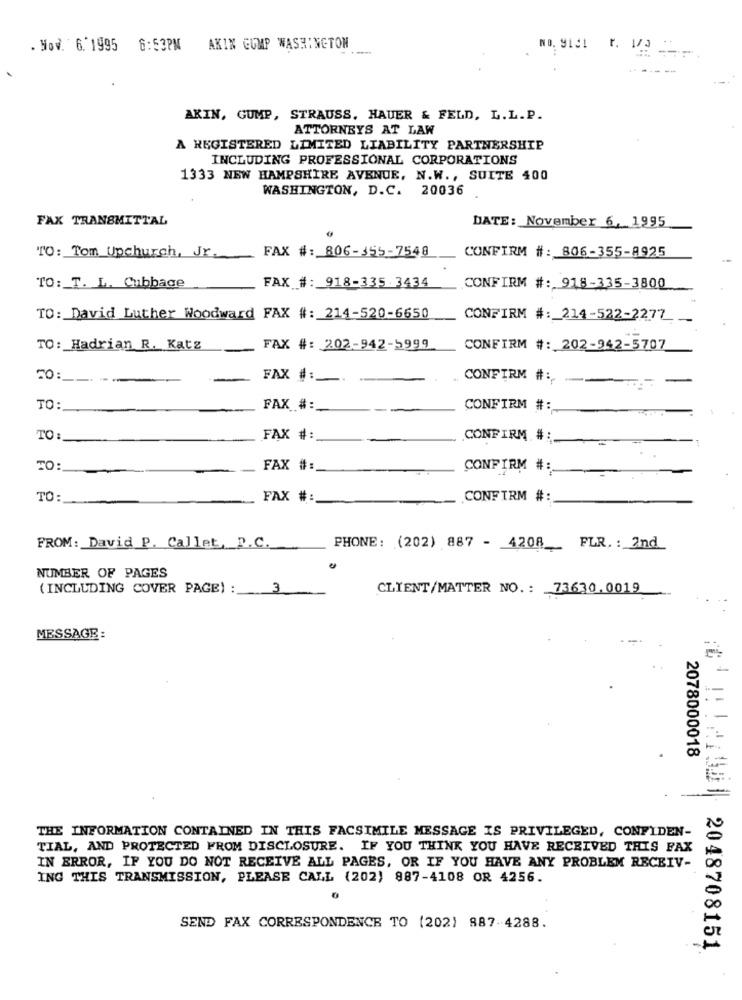
. Nov. 6.1995 8:53PM AKIN GUMP WASHINGTON
AKIN, GUMP, STRAUSS, HAUER & FELD, L.L.P.
ATTORNEYS AT LAW
A REGISTERED LIMITED LIABILITY PARTNERSHIP
INCLUDING PROFESSIONAL CORPORATIONS
1333 NEW HAMPSHIRE AVENUE, N.W ., SUITE 400
WASHINGTON, D.C. 20036
FAX TRANSMITTAL
DATE: November 6, 1995
FAX #: 806-355-7548
CONFIRM #: 806-355-8925
TO: Tom Upchurch, Jr.
FAX #: 918-335.3434
TO: T. L. Cabbage
CONFIRM #: 918-335-3800
TO: David Luther Woodward FAX #: 214-520-6650
CONFIRM #: 214-522-2277
TO: Hadrian R. Katz
FAX #: 202-942-5999
CONFIRM #: 202-942-5707
TO:
FAX # :_
CONFIRM #:
TO:
FAX # :_
--
CONFIRM #:
TO :
FAX #:
CONFIRM #:
TO:
FAX #:
CONFIRM #:
TO:
FAX #:
.CONFIRM #:
FROM: David P. Callet, D.C.
PHONE: (202) 887 - 4208 __ PLR .: 2nd
NUMBER OF PAGES
(INCLUDING COVER PAGE) : 3
CLIENT/MATTER NO .: 73630.0019
MESSAGE:
2078000018
THE INFORMATION CONTAINED IN THIS FACSIMILE MESSAGE IS PRIVILEGED, CONFIDEN-
TIAL, AND PROTECTED FROM DISCLOSURE. IF YOU THINK YOU HAVE RECEIVED THIS FAX
IN ERROR, IF YOU DO NOT RECEIVE ALL PAGES, OR IF YOU HAVE ANY PROBLEM RECEIV-
ING THIS TRANSMISSION, PLEASE CALL (202) 887-4108 OR 4256.
SEND FAX CORRESPONDENCE TO (202) 887-4288.
2048708151